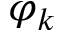
\varphi _ { k }